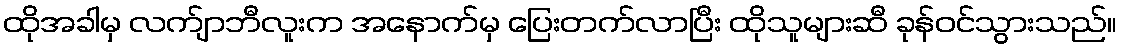
ထိုအခါမှ လက်ျာဘီလူးက အနောက်မှ ပြေးတက်လာပြီး ထိုသူများဆီ ခုန်ဝင်သွားသည်။